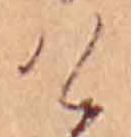
け